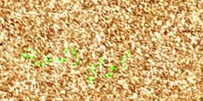
كوفي المدينة